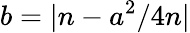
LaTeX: b=|n-a^{2}/4n|